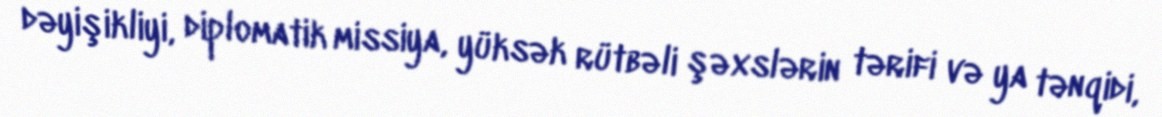
dəyişikliyi, diplomatik missiya, yüksək rütbəli şəxslərin tərifi və ya tənqidi,